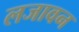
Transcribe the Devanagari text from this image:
लजावन